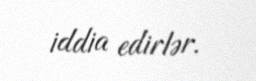
iddia edirlər.